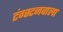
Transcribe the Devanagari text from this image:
टंग्स्टनवाला